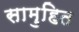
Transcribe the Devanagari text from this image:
सामुहित